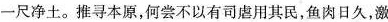
一尺净土。推寻本原，何尝不以有司虐用其民，鱼肉日久，激